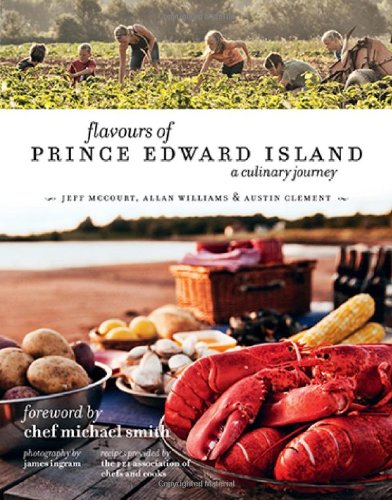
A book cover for Flavours of Prince Edward Island: A Culinary Journey; Jeff McCourt; Cookbooks, Food & Wine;